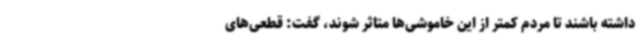
داشته باشند تا مردم کمتر از این خاموشی‌ها متاثر شوند، گفت: قطعی‌های